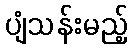
ပျံသန်းမည့်